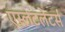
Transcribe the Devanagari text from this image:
एस्लेटलेटर्स